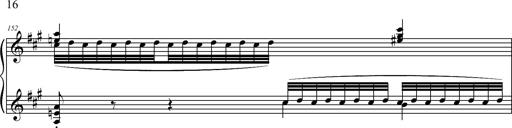
Title: 2 LÃ©gendes
Composer: Franz Liszt